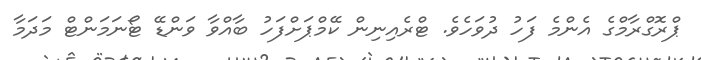
ޕްރޮގްރާމްގެ އެންމެ ފަހު ދުވަހެވެ. ޓްރެއިނިން ކޭމްޕަށްފަހު ބާއްވާ ވަންޑޭ ޓޯނަމަންޓް މަދަމާ